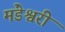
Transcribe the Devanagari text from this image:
मंडेश्वरी